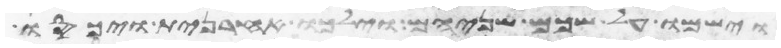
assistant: וישמו על שכם שניהם וילכו אחרנית ויכסו